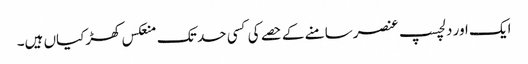
ایک اور دلچسپ عنصرسامنے کے حصے کی کسی حد تک منعکس کھڑکیاں ہیں۔